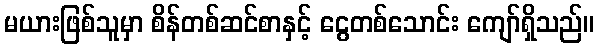
မယားဖြစ်သူမှာ စိန်တစ်ဆင်စာနှင့် ငွေတစ်သောင်း ကျော်ရှိသည်။